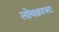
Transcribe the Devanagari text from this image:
लोवक्राफ्ट